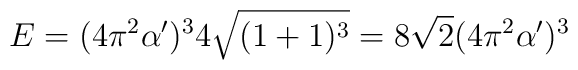
E = (4 \pi^2 \alpha')^{3} 4 \sqrt{(1 + 1)^3} = 8 \sqrt{2} (4 \pi^2 \alpha')^{3}